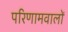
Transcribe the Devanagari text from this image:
परिणामवालों